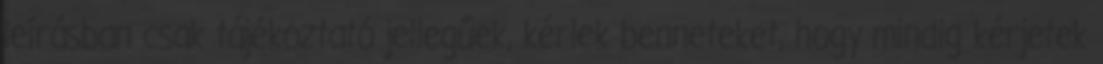
leírásban csak tájékoztató jellegűek, kérlek benneteket, hogy mindig kérjetek